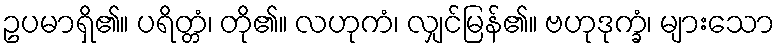
ဥပမာရှိ၏။ ပရိတ္တံ၊ တို၏။ လဟုကံ၊ လျှင်မြန်၏။ ဗဟုဒုက္ခံ၊ များသော